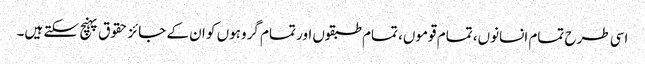
اسی طرح تمام انسانوں، تمام قوموں، تمام طبقوں اور تمام گروہوں کو ان کے جائز حقوق پہنچ سکتے ہیں۔